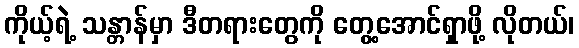
ကိုယ့်ရဲ့ သန္တာန်မှာ ဒီတရားတွေကို တွေ့အောင်ရှာဖို့ လိုတယ်၊